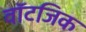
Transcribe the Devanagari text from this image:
वॉटजिक